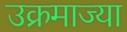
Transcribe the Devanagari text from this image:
उक्रमाज्या